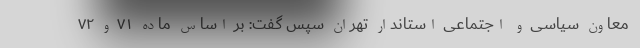
معاون سیاسی و اجتماعی استاندار تهران سپس گفت: بر اساس ماده ۷۱ و ۷۲